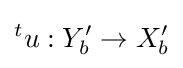
{}^{t}u:Y_{b}^{\prime }\to X_{b}^{\prime }